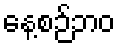
နေ့စဉ်ဘဝ